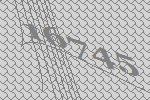
16745